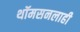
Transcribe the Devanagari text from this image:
थॉमसनलाही